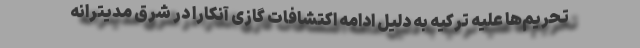
تحریم‌ها علیه ترکیه به دلیل ادامه اکتشافات گازی آنکارا در شرق مدیترانه